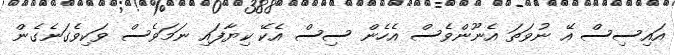
އައިސިސް އޭ ނުވަތަ އެނޫންވެސް އެހެން ސިސް އެކޭ ކިޔާފައި ނަމަވެސް ވަކިވެގަނެގެން